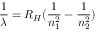
\frac { 1 } { \lambda } = R _ { H } ( \frac { 1 } { n _ { 1 } ^ { 2 } } - \frac { 1 } { n _ { 2 } ^ { 2 } } )